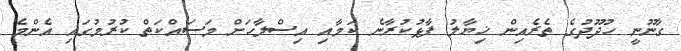
ގާނޫނީ ހުދޫދުގެ ތެރެއިން ޚިޔާލު ފާޅުކުރާނެ ކަމާއި އިސްލާހަށް މަސައްކަތް ކުރުމުގައި އެންމެ